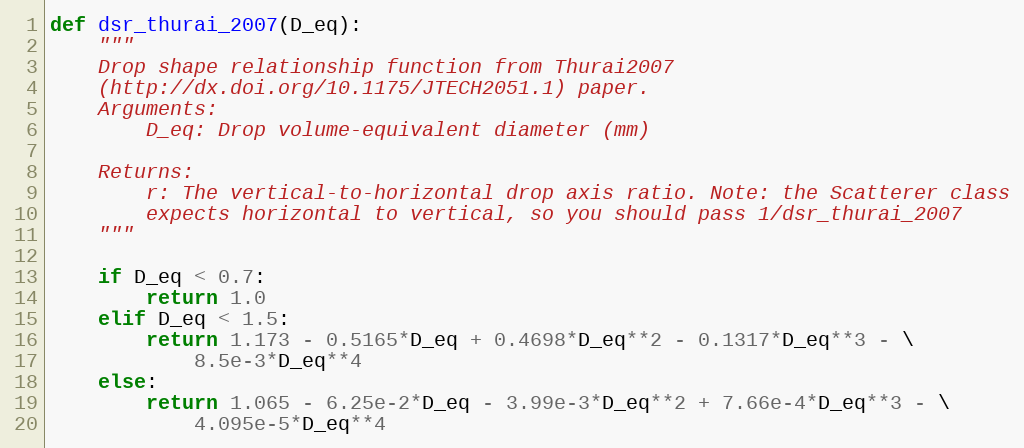
Language: Python
def dsr_thurai_2007(D_eq):
    """
    Drop shape relationship function from Thurai2007
    (http://dx.doi.org/10.1175/JTECH2051.1) paper.
    Arguments:
        D_eq: Drop volume-equivalent diameter (mm)

    Returns:
        r: The vertical-to-horizontal drop axis ratio. Note: the Scatterer class
        expects horizontal to vertical, so you should pass 1/dsr_thurai_2007
    """

    if D_eq < 0.7:
        return 1.0
    elif D_eq < 1.5:
        return 1.173 - 0.5165*D_eq + 0.4698*D_eq**2 - 0.1317*D_eq**3 - \
            8.5e-3*D_eq**4
    else:
        return 1.065 - 6.25e-2*D_eq - 3.99e-3*D_eq**2 + 7.66e-4*D_eq**3 - \
            4.095e-5*D_eq**4